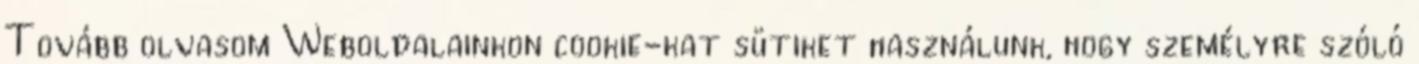
Tovább olvasom Weboldalainkon cookie-kat sütiket használunk, hogy személyre szóló